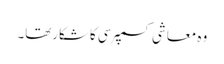
وہ معاشی کسمپرسی کاشکارتھا۔